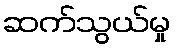
ဆက်သွယ်မှု